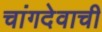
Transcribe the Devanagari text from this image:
चांगदेवाची